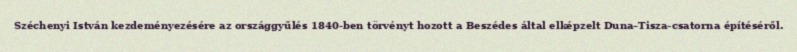
Széchenyi István kezdeményezésére az országgyűlés 1840-ben törvényt hozott a Beszédes által elképzelt Duna–Tisza-csatorna építéséről.